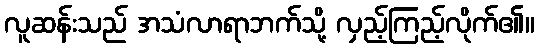
လူဆန်းသည် အသံလာရာဘက်သို့ လှည့်ကြည့်လိုက်၏။